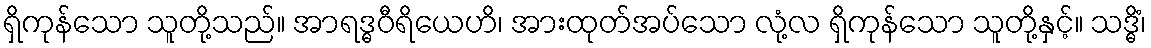
ရှိကုန်သော သူတို့သည်။ အာရဒ္ဓဝီရိယေဟိ၊ အားထုတ်အပ်သော လုံ့လ ရှိကုန်သော သူတို့နှင့်။ သဒ္ဓိံ၊